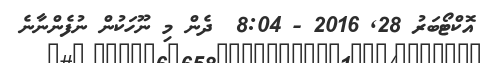
އޮކްޓޯބަރު 28